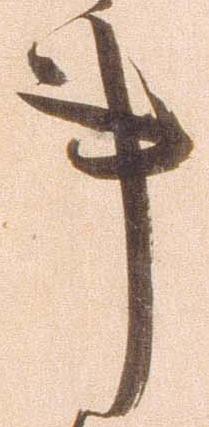
事